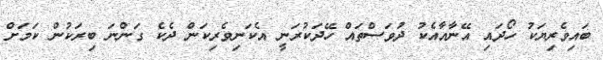
ބައިވެރިޔަކު ހޯދައި އޭނާއާއެކު ދުވަސްތައް ހޭދަކުރަނީ އެކަނިވެރިކަން ދެކެ ގަންނަ ބިރަކުން ކަމަށް